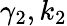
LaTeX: \gamma_{2},k_{2}